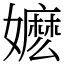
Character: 嬷